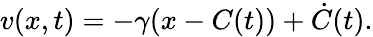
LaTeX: v(x,t)=-\gamma(x-C(t))+\dot{C}(t).